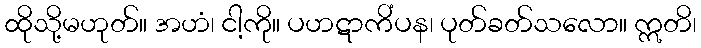
ထိုသို့မဟုတ်။ အဟံ၊ ငါ့ကို။ ပဟဋာကိံပန၊ ပုတ်ခတ်သလော။ ဣတိ၊